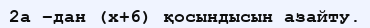
2а –дан (х+6) қосындысын азайту.